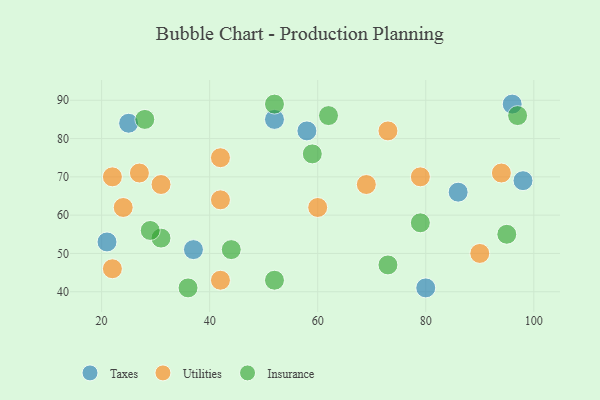
{"axis": {"x": "GDP", "y": "Life Expectancy"}, "legend": ["Insurance", "Taxes", "Utilities"], "data": [{"x": "37", "y": 51, "type": "Taxes"}, {"x": "86", "y": 66, "type": "Taxes"}, {"x": "21", "y": 53, "type": "Taxes"}, {"x": "58", "y": 82, "type": "Taxes"}, {"x": "25", "y": 84, "type": "Taxes"}, {"x": "52", "y": 85, "type": "Taxes"}, {"x": "98", "y": 69, "type": "Taxes"}, {"x": "80", "y": 41, "type": "Taxes"}, {"x": "96", "y": 89, "type": "Taxes"}, {"x": "60", "y": 62, "type": "Utilities"}, {"x": "69", "y": 68, "type": "Utilities"}, {"x": "90", "y": 50, "type": "Utilities"}, {"x": "31", "y": 68, "type": "Utilities"}, {"x": "22", "y": 70, "type": "Utilities"}, {"x": "42", "y": 64, "type": "Utilities"}, {"x": "22", "y": 46, "type": "Utilities"}, {"x": "42", "y": 75, "type": "Utilities"}, {"x": "94", "y": 71, "type": "Utilities"}, {"x": "73", "y": 82, "type": "Utilities"}, {"x": "24", "y": 62, "type": "Utilities"}, {"x": "42", "y": 43, "type": "Utilities"}, {"x": "79", "y": 70, "type": "Utilities"}, {"x": "27", "y": 71, "type": "Utilities"}, {"x": "52", "y": 43, "type": "Insurance"}, {"x": "52", "y": 89, "type": "Insurance"}, {"x": "44", "y": 51, "type": "Insurance"}, {"x": "62", "y": 86, "type": "Insurance"}, {"x": "79", "y": 58, "type": "Insurance"}, {"x": "31", "y": 54, "type": "Insurance"}, {"x": "28", "y": 85, "type": "Insurance"}, {"x": "36", "y": 41, "type": "Insurance"}, {"x": "97", "y": 86, "type": "Insurance"}, {"x": "95", "y": 55, "type": "Insurance"}, {"x": "73", "y": 47, "type": "Insurance"}, {"x": "29", "y": 56, "type": "Insurance"}, {"x": "59", "y": 76, "type": "Insurance"}]}